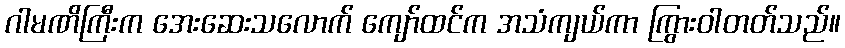
ဂါမဏိကြီးက အေးဆေးသလောက် ကျော်ထင်က အသံကျယ်ကာ ကြွားဝါတတ်သည်။